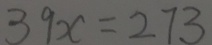
3 9 x = 2 7 3